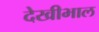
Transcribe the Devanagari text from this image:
देखीभाल